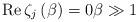
LaTeX: \begin{align*}\operatorname{Re}\zeta_{j}\left( \beta\right) =0\beta\gg1 \end{align*}